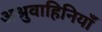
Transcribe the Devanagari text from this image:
अश्रुवाहिनियाँ